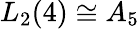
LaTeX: L_{2}(4)\cong A_{5}